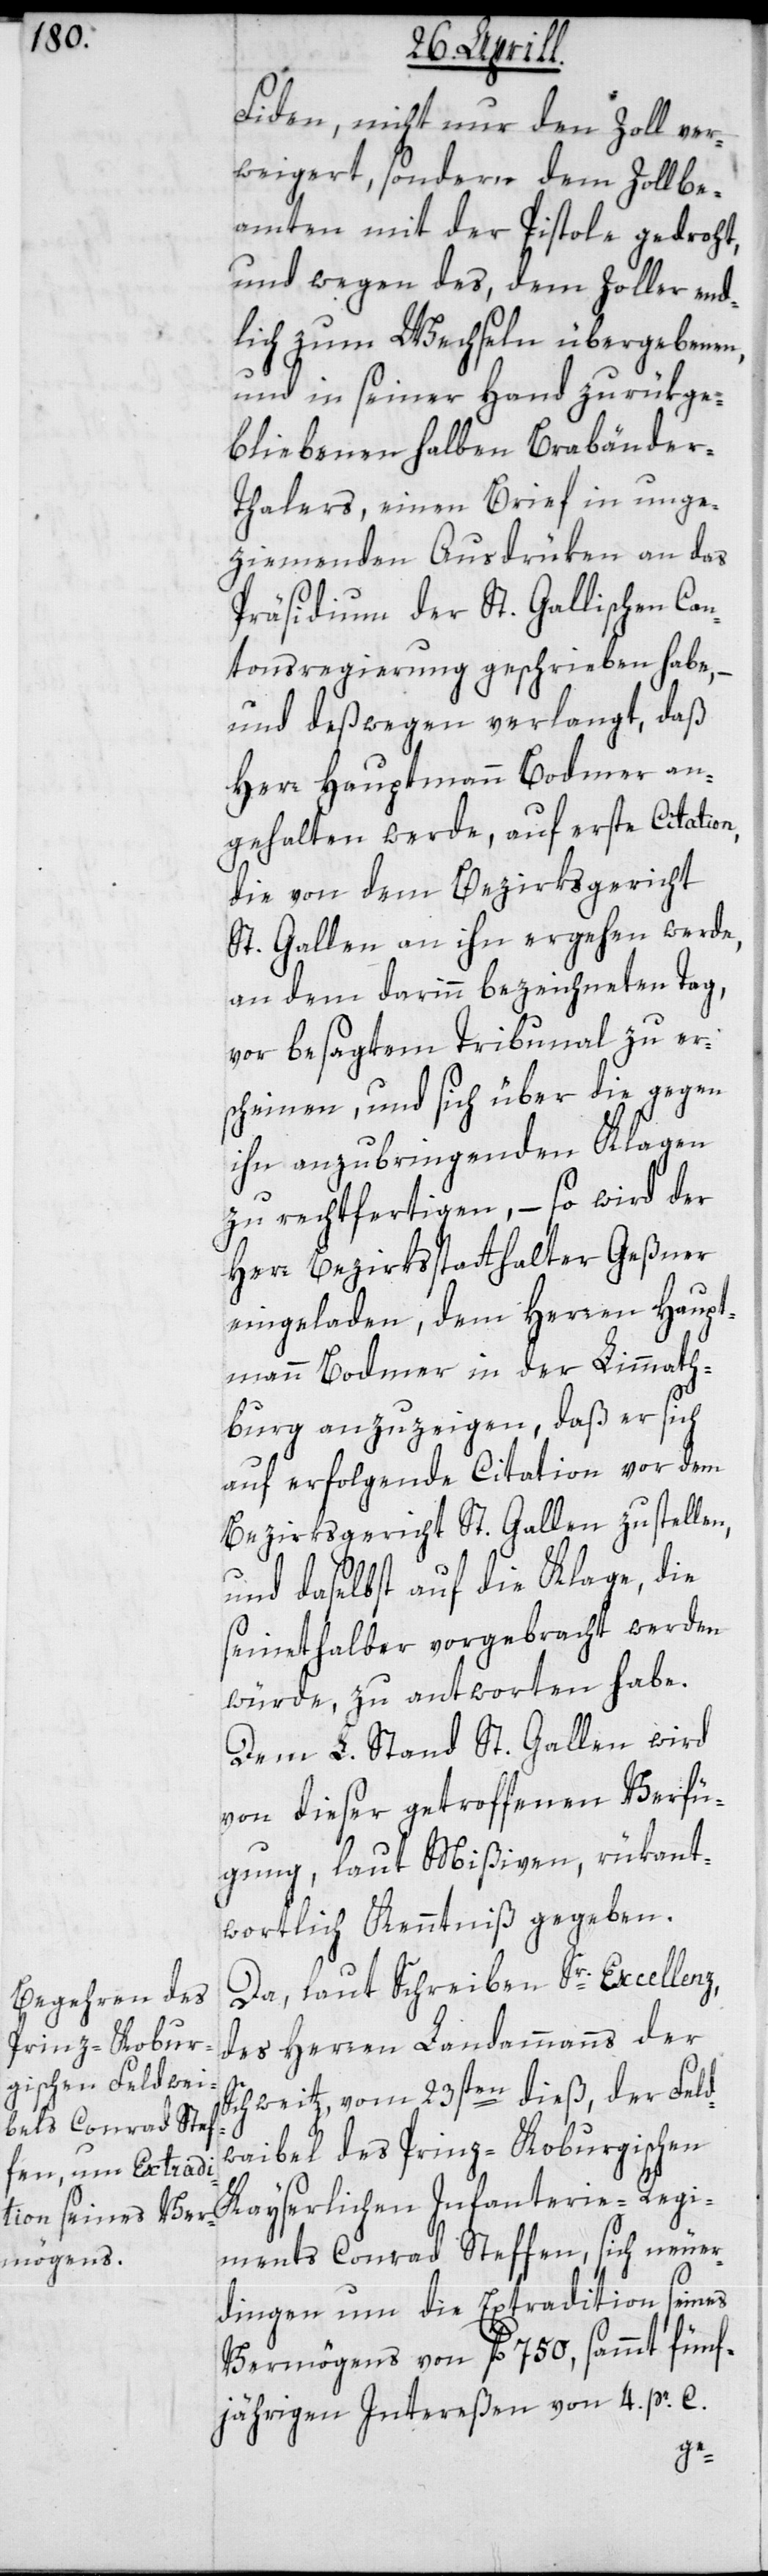
Fiden, nicht nur den Zoll ver¬
weigert, sondern dem Zollbe¬
amten mit der Pistole gedroht,
und wegen des, dem Zoller end¬
lich zum Wechseln übergebenen
und in seiner Hand zurükge¬
bliebenen halben Brabänder-T¬
halers, einen Brief in unge¬
ziemenden Ausdrüken an das
Präsidium der St. Gallischen Can¬
tonsregierung geschrieben habe, –
und deßwegen verlangt, daß
Herr Hauptmann Bodmer an¬
gehalten werde, auf erste Citation,
die von dem Bezirksgericht
St. Gallen an ihn ergehen werde,
an dem darinn bezeichneten Tag,
vor besagtem Tribunal zu er¬
scheinen, und sich über die gegen
ihn anzubringenden Klagen
zu rechtfertigen, – so wird der
Herr Bezirksstatthalter Geßner
eingeladen, dem Herren Haupt¬
mann Bodmer in der Limmath¬
burg anzuzeigen, daß er sich
auf erfolgende Citation vor dem
Bezirksgericht St. Gallen zu stelle¬
und daselbst auf die Klage, die
seinethalben vorgebracht werden
würde, zu antworten habe.
Dem L. Stand St. Gallen wird
von dieser getroffenen Verfü¬
gung laut Mißiven rükant¬
wortlich Kenntniß gegeben.
Da, laut Schreiben Sr. Excellenz
des Herren Landammanns der
Schweitz vom 23sten dieß, der Feld¬
waibel des Prinz-Koburgischen
Kayserlichen Infanterie-Regi¬
ments Conrad Steffen, sich neuer¬
dingen um die Extradition seines
Vermögens von fl. 750, samt fünf¬
jährigen Intereßen von 4. pr. C.
n,